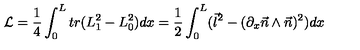
{ \cal L } = \frac { 1 } { 4 } \int _ { 0 } ^ { L } t r ( L _ { 1 } ^ { 2 } - L _ { 0 } ^ { 2 } ) d x = \frac { 1 } { 2 } \int _ { 0 } ^ { L } ( \vec { l } ^ { 2 } - ( \partial _ { x } \vec { n } \wedge \vec { n } ) ^ { 2 } ) d x